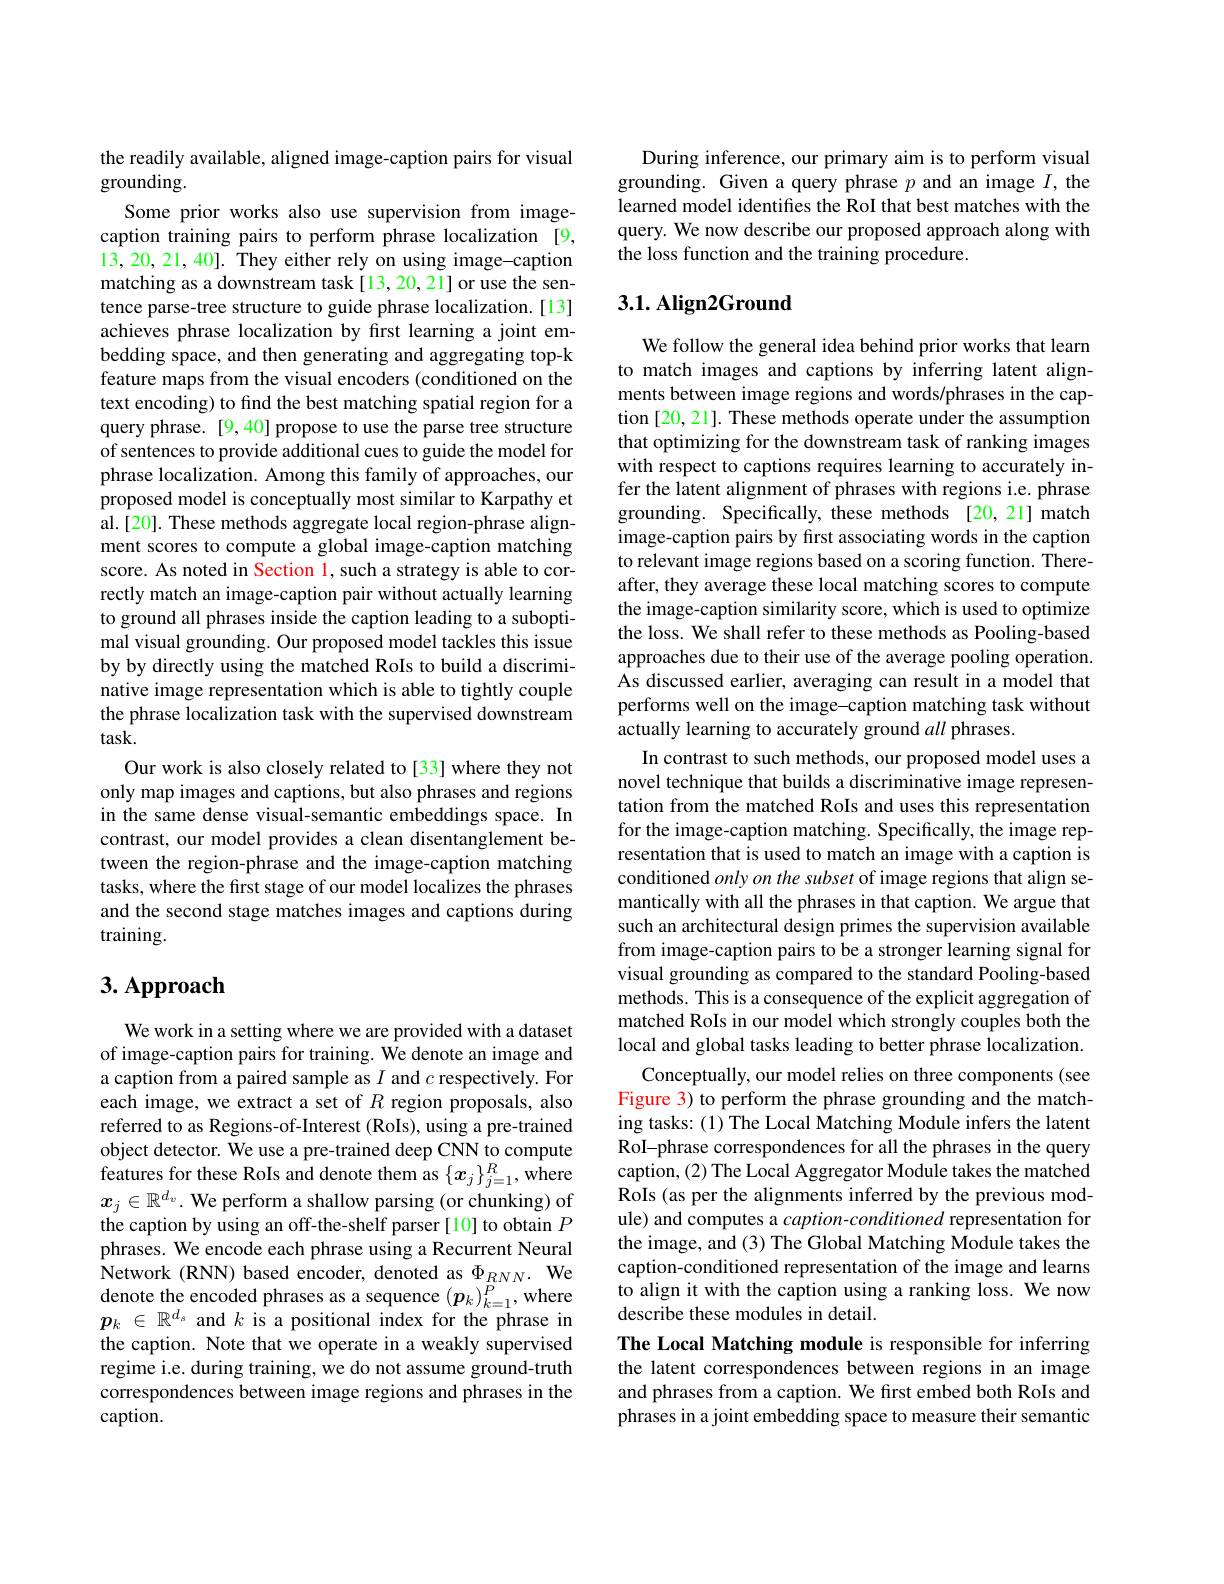
the readily available, aligned image-caption pairs for visual
grounding.
Some prior works also use supervision from image-

caption training pairs to perform phrase localization [9, 13,20,21,40]. They either rely on using image-caption matching as a downstream task[13,20,21] or use the sentence parse-tree structure to guide phrase localization.[13] achieves phrase localization by first learning a joint embedding space, and then generating and aggregating top-k feature maps from the visual encoders (conditioned on the text encoding) to find the best matching spatial region for a query phrase. [9,40] propose to use the parse tree structure of sentences to provide additional cues to guide the model for phrase localization. Among this family of approaches, our proposed model is conceptually most similar to Karpathy et al.[20]. These methods aggregate local region-phrase alignment scores to compute a global image-caption matching score. As noted in Section l, such a strategy is able to correctly match an image-caption pair without actually learning to ground all phrases inside the caption leading to a suboptimal visual grounding. Our proposed model tackles this issue by by directly using the matched RoIs to build a discriminative image representation which is able to tightly couple the phrase localization task with the supervised downstream task.
Our work is also closely related to[33] where they not only map images and captions, but also phrases and regions in the same dense visual-semantic embeddings space. In contrast, our model provides a clean disentanglement between the region-phrase and the image-caption matching tasks, where the first stage of our model localizes the phrases and the second stage matches images and captions during training.

# 3. Approach

We work in a setting where we are provided with a dataset of image-caption pairs for training. We denote an image and a caption from a paired sample as $I$ and $c$ respectively. For each image, we extract a set of $R$ region proposals, also referred to as Regions-of-Interest (RoIs), using a pre-trained object detector. We use a pre-trained deep CNN to compute features for these RoIs and denote them as $\{x_j\}_{j=1}^R$, where $x_j\in\mathbb{R}^{d_v}.$ We perform a shallow parsing (or chunking) of the caption by using an off-the-shelf parser[10] to obtain $P$ phrases. We encode each phrase using a Recurrent Neural Network ( RNN) based encoder, denoted as $\Phi _{RNN}.$We denote the encoded phrases as a sequence $(p_k)_{k=1}^P$, where $p_k\in\mathbb{R}^{d_s}$ and $k$ is a positional index for the phrase in the caption. Note that we operate in a weakly supervised regime i.e. during training, we do not assume ground-truth correspondences between image regions and phrases in the caption.

During inference, our primary aim is to perform visual grounding. Given a query phrase $p$ and an image $I$, the learned model identifies the RoI that best matches with the query. We now describe our proposed approach along with the loss function and the training procedure.

## 3.1. Align2Ground

We follow the general idea behind prior works that learn to match images and captions by inferring latent alignments between image regions and words/phrases in the caption [20,21]. These methods operate under the assumption that optimizing for the downstream task of ranking images with respect to captions requires learning to accurately infer the latent alignment of phrases with regions i.e. phrase grounding. Specifically, these methods [20,21] match image-caption pairs by first associating words in the caption to relevant image regions based on a scoring function. Thereafter, they average these local matching scores to compute the image-caption similarity score, which is used to optimize the loss. We shall refer to these methods as Pooling-based approaches due to their use of the average pooling operation As discussed earlier, averaging can result in a model that performs well on the image-caption matching task without actually learning to accurately ground all phrases.
In contrast to such methods, our proposed model uses a novel technique that builds a discriminative image representation from the matched RoIs and uses this representation for the image-caption matching. Specifically, the image representation that is used to match an image with a caption is conditioned onlyon the subset of image regions that align semantically with all the phrases in that caption. We argue that such an architectural design primes the supervision available from image-caption pairs to be a stronger learning signal for visual grounding as compared to the standard Pooling-based methods. This is a consequence of the explicit aggregation of matched RoIs in our model which strongly couples both the local and global tasks leading to better phrase localization.
Conceptually, our model relies on three components (see Figure 3) to perform the phrase grounding and the matching tasks: (1) The Local Matching Module infers the latent RoI-phrase correspondences for all the phrases in the query caption, (2) The Local Aggregator Module takes the matched RoIs (as per the alignments inferred by the previous module) and computes a $caption-conditioned$ representation for the image, and (3) The Global Matching Module takes the caption-conditioned representation of the image and learns to align it with the caption using a ranking loss. We now describe these modules in detail.
The Local Matching module is responsible for inferring the latent correspondences between regions in an image and phrases from a caption. We first embed both RoIs and phrases in a joint embedding space to measure their semantic